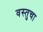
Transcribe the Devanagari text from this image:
वस्तुचा